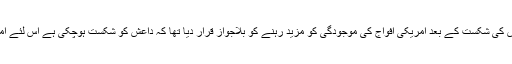
امریکی صدر نے اولین اعلان داعش کی شکست کے بعد امریکی افواج کی موجودگی کو مزید رہنے کو بلاجواز قرار دیا تھا کہ داعش کو شکست ہوچکی ہے اس لئے امریکا اپنی افواج کو واپس بلالے گا۔